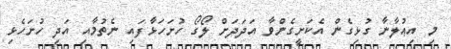
މި އިޢުލާނާ ގުޅިގެން އެކަށީގެންވާ އަދަދަށް ލޯގޯ ހުށަހަޅާފައި ނެތުމާއި އަދި ހުށަހެޅި